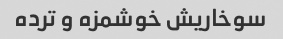
سوخاریش خوشمزه و ترده